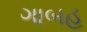
ગાબહ